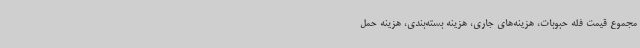
مجموع قیمت فله حبوبات، هزینه‌های جاری، هزینه بسته‌بندی، هزینه حمل